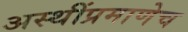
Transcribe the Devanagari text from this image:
अस्थींप्रमाणेच